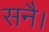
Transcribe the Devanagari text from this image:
सनै।